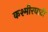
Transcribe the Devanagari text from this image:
कश्मीरघाटी